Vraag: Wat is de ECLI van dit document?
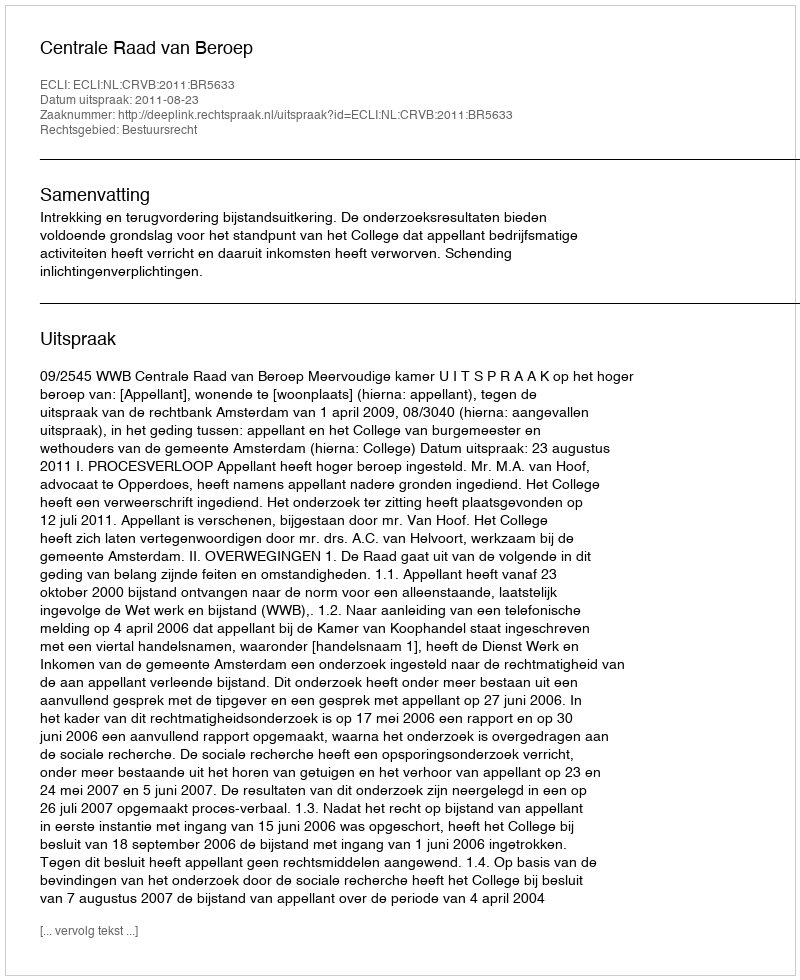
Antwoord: ECLI:NL:CRVB:2011:BR5633